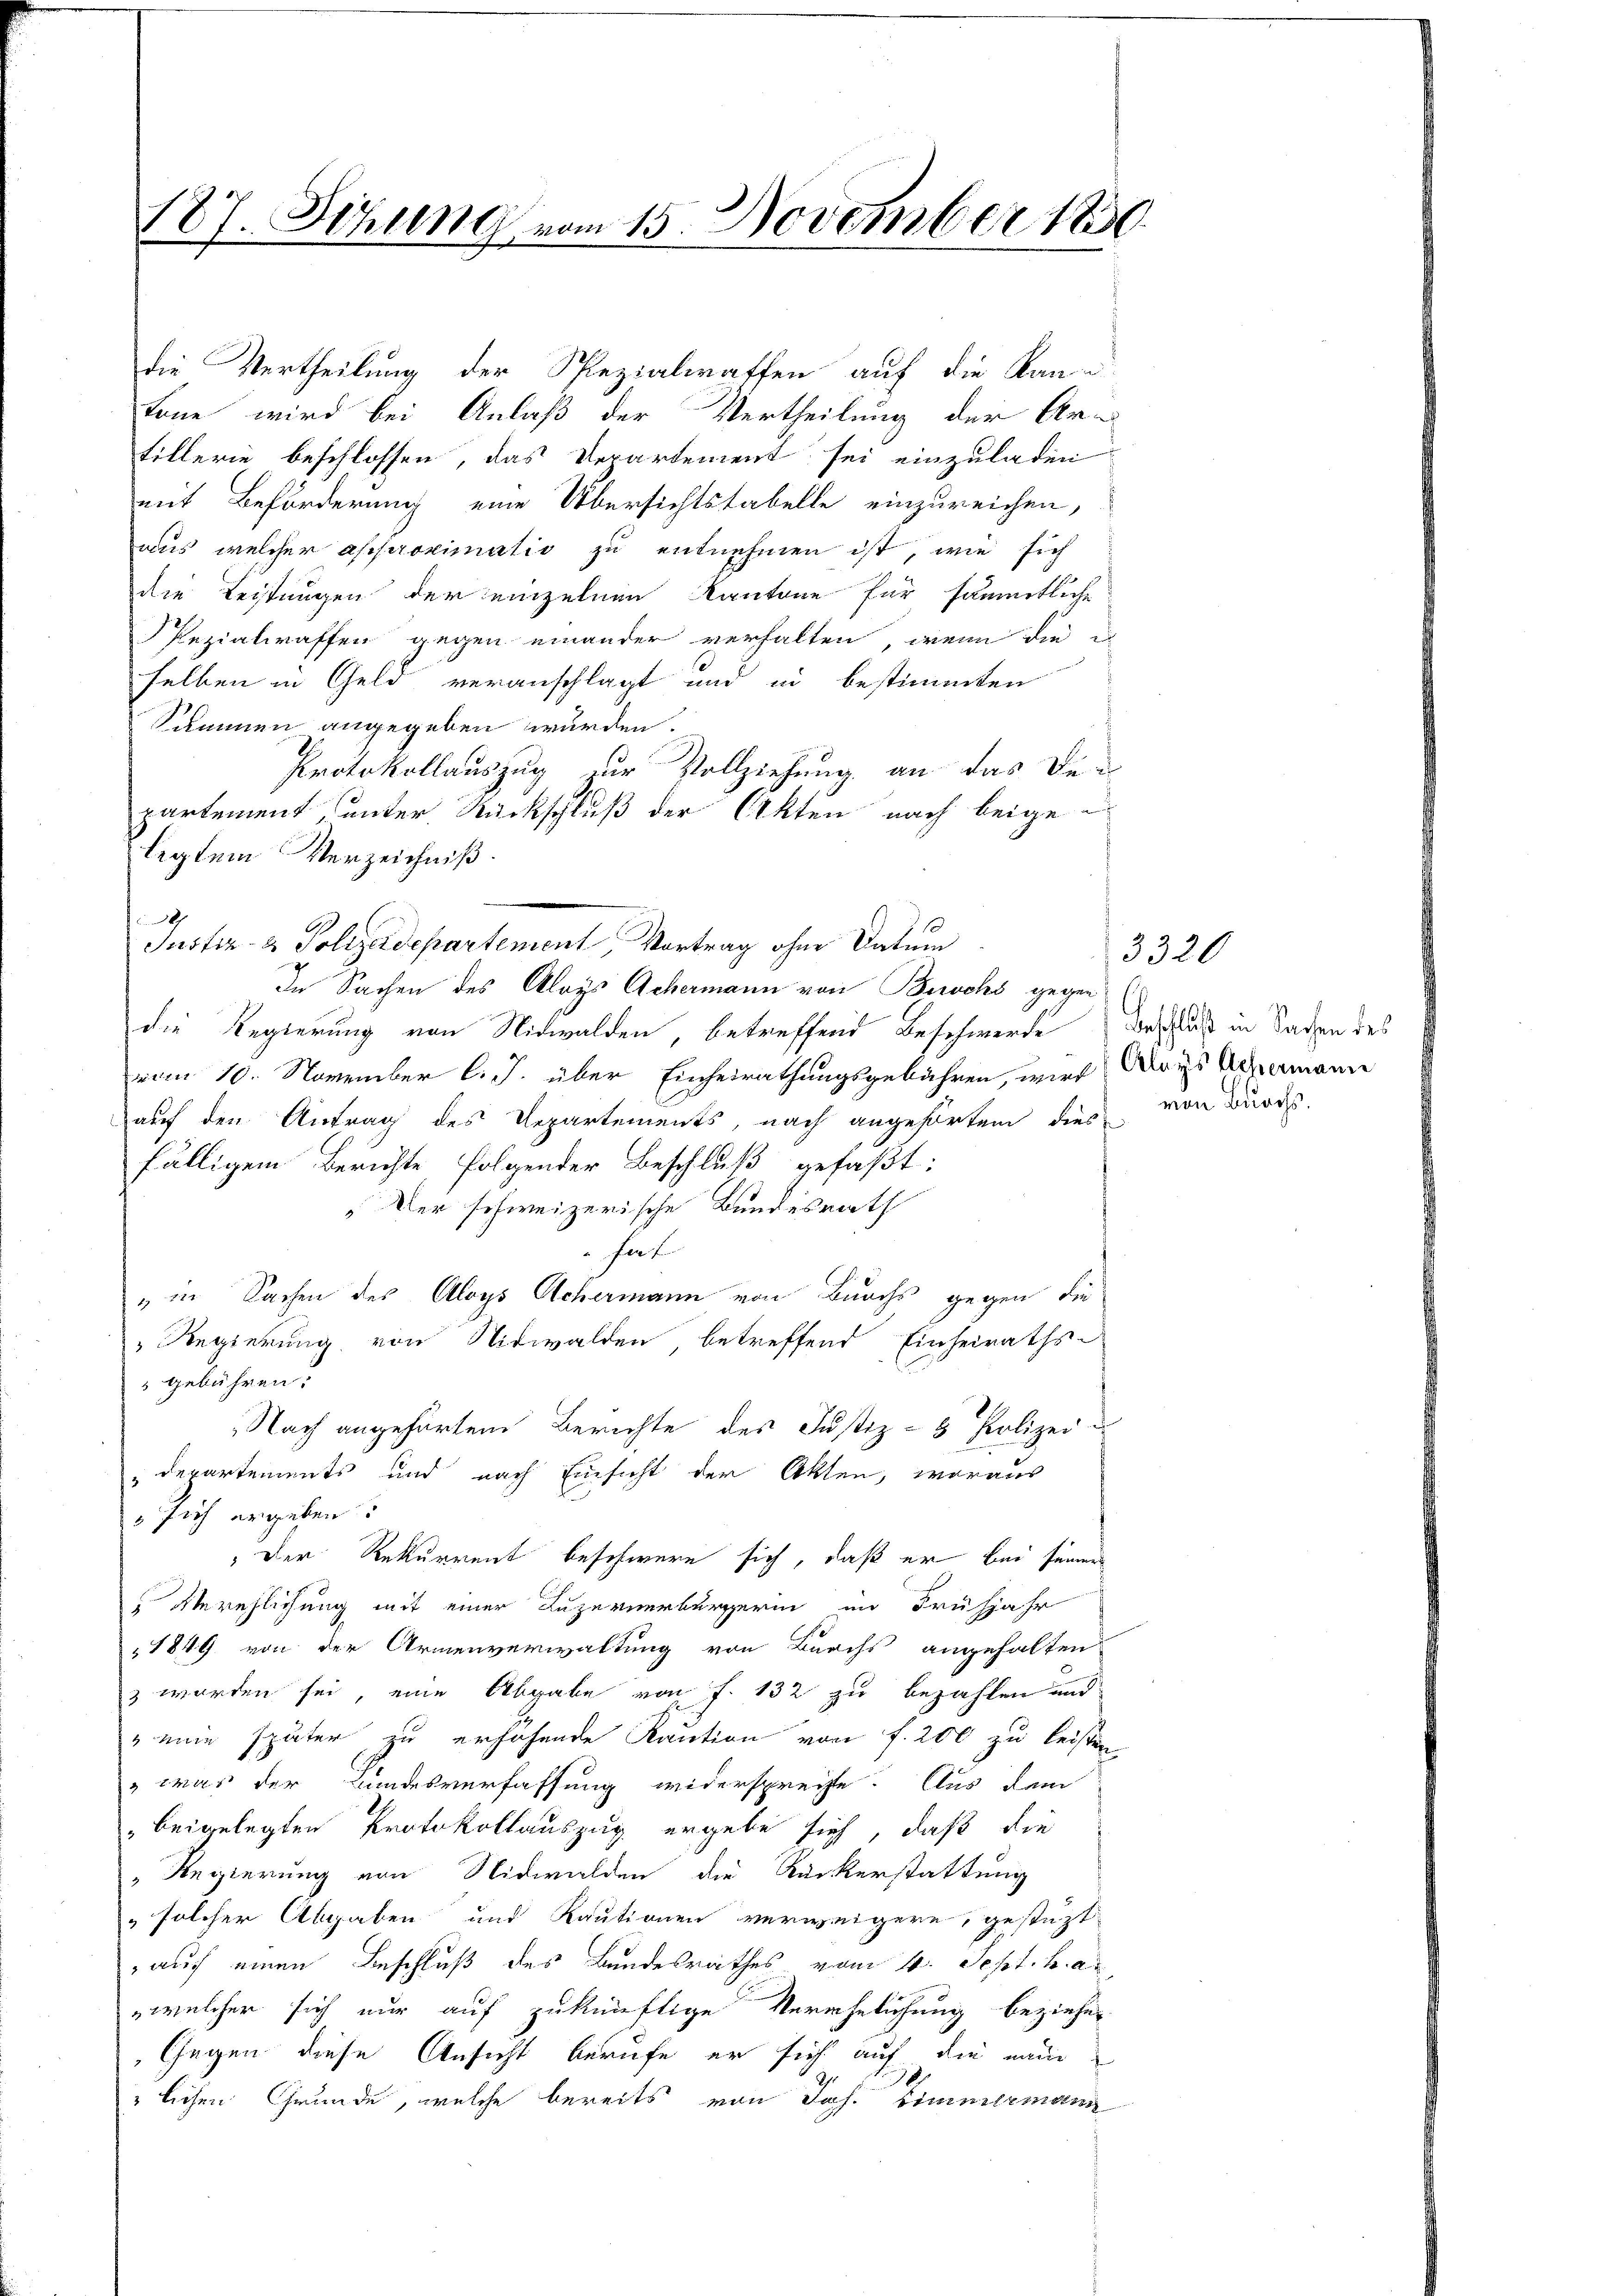
187. Sizung vom 15. November 180

tone wird bei Anlaß der Vertheilung der Ar-
tillerie beschlossen, das Departement sei einzuladen
mit Beförderung eine Übersichtstabelle einzureichen,
aus, welcher approximatis zu entnehmen ist, wie sich
die Leistungen der einzelnen Kantone für sämmtliche
Pezialraffen gegen einander verhalten, wenn die
selben in Geld veranschlagt und in bestimmten
Summen angegeben würden.
Protokollauszug zur Vollziehung an das Departement unter Rückschluß der Akten nach beige-
legtem Verzeichniß.
Justiz- & Polizeidepartement, Vortrag ohne Datum
die Regierung von Nidwalden, betreffend Beschwerde Beschluß in Sachen des
vom 10. November l. J. über Einheirathungsgebühren, wird Deys Alamann
auf den Antrag des Departements, nach angehörten dies
fälligem Berichte, folgender Beschluß gefaßt:
"Der schweizerische Bundesrath
hat
" in Sachen des Aloys Achermann von Burchs gegen die
Regierung, von Nidwalden betreffend Einheiraths-
gebühren.
Nach angehörten Berichte des Justiz- & Polizei¬
"departements und nach Einsicht der Akten, woraus
" sich ergeben:
 Der Rekurrent beschwere sich, daß er bei seiner
 Verehlichung mit einer Luzernerbürgerin im Frühjahr
"1849 von der Armenverwaltung von Burchs angehalten
z worden sei, eine Abgabe von f. 132 zu bezahlen und
" eine später zu erhöhende Kaution von f. 200 zu leisten.
" was der Bundesverfassung widersprechte. Aus dem
" beigelegten Protokollauszug ergebe sich, daß die
" Regierung von Nidwalden die Ruckerstattung
" solcher Abgaben und Kautionen verweigern, gestüzt
auf einen Beschluß des Bundesrathes vom 4. Sept. h. a.
welcher sich nur auf zukünftige Verehelichung beziehen
Gegen diese Ansicht berufe er sich auf die neue
lichen Grunde, welche bereits von Joh. Eimeilemann

die Vertheilung der Spezialraffen auf die Kan¬

In Sachen des Aloys Achermann von Buchs gegen

von Burchs.

3320